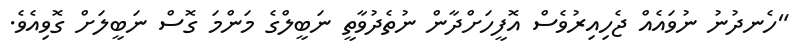
"ހެނދުނު ނުވައެއް ޖެހިއިރުވެސް އޮފީހަށްދާން ނުތެދުވާތީ ނަބީލްގެ މަންމަ ގޮސް ނަބީލަށް ގޮވިއެވެ.